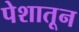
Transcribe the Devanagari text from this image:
पेशातून